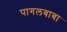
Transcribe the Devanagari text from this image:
पागलबाबा